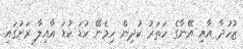
ޒުހުދާ އާއި އޭނާގެ ހަތަރު ކުދިން ހިމެނޭ ކުޑަ ކުޑަ އާއިލާ ރަށުގައި